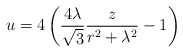
\begin{align*}u=4\left({{4\lambda}\over{\sqrt{3}}}{z\over{r^2+\lambda^2}}-1\right)\end{align*}